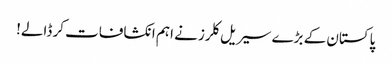
پاکستان کے بڑے سیریل کلرز نے اہم انکشافات کر ڈالے!